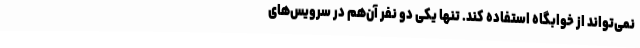
نمی‌تواند از خوابگاه استفاده کند. تنها یکی دو نفر آن‌هم در سرویس‌های